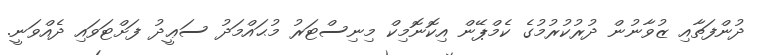
ދުންފަތާއި ޒުވާނުން ދުރުކުރުމުގެ ކެމްޕޭން އިކޮނޮމިކް މިނިސްޓަރު މުޙައްމަދު ސަޢީދު ފަށްޓަވައި ދެއްވަނީ.